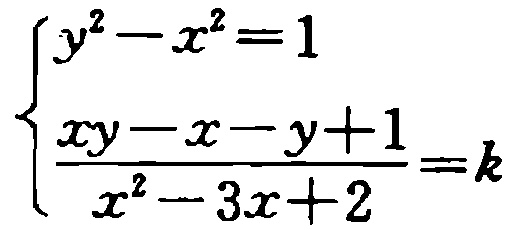
$\left\{\begin{array}{l}y^{2}-x^{2}=1\\\frac{xy - x - y + 1}{x^{2}-3x + 2}=k\end{array}\right.$